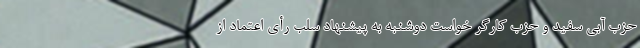
حزب آبی سفید و حزب کارگر خواست دوشنبه به پیشنهاد سلب رأی اعتماد از